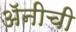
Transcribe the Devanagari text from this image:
अॅनीची